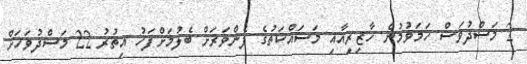
2 މަސްދުވަސް ހަމަވުމުން ހާޒިރީއާއި މަސައްކަތުގެ ފެންވަރަށް ބެލުމަށްފަހު އިތުރު 22 މަސްދުވަހަށް